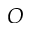
O